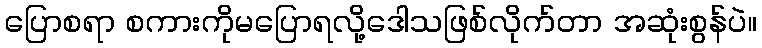
ပြောစရာ စကားကိုမပြောရလို့ဒေါသဖြစ်လိုက်တာ အဆုံးစွန်ပဲ။